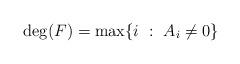
LaTeX: \begin{align*}\deg(F) = \max \{ i \ : \ A_i \ne 0 \}\end{align*}